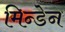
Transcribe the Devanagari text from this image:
मिन्डेन